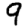
Digit: 9